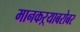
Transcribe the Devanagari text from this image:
मानकऱ्याबरोबर